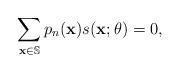
LaTeX: \begin{align*}\sum\limits_{\textbf{{x}}\in \mathbb{S}} p_n(\textbf{{x}})s(\textbf{{x}};\theta) = 0,\end{align*}